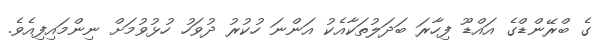
ގެ ބްރޭންޑްގެ އައްޑޫ ފިހާރަ ބަދަލުތަކާއެކު އަންނަ ހުކުރު ދުވަހު ހުޅުވުމަށް ނިންމައިފިއެވެ.